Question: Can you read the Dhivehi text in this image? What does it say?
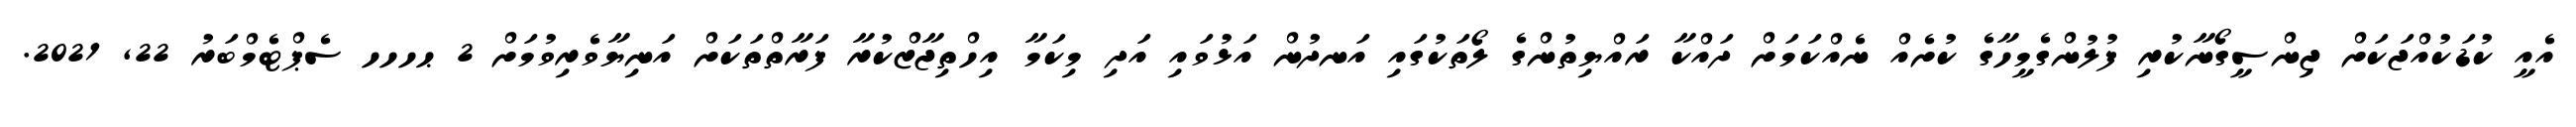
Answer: އެއީ ކުޑަކުއްޖަކަށް ޖިންސީގޯނާކުރި ފުލުންގެމީހާގެ ކުށެއް ނެއްކަމަށް ދައްކާ ރައްޔިތުންގެ ލޯތަކުގައި އަނދުން އަޅުވައި އަދި މިކަމާ އިހްތިޖާޒްކުރާ ފަރާތްތަކަށް އަނިޔާވެރިވުމަށް 2 ޙހހހ ސެޕްޓެމްބަރު 22, 2021.